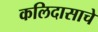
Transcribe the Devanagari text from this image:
कलिदासाचे